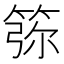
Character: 𥮜